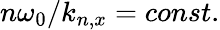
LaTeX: n\omega_{0}/k_{n,x}=const.